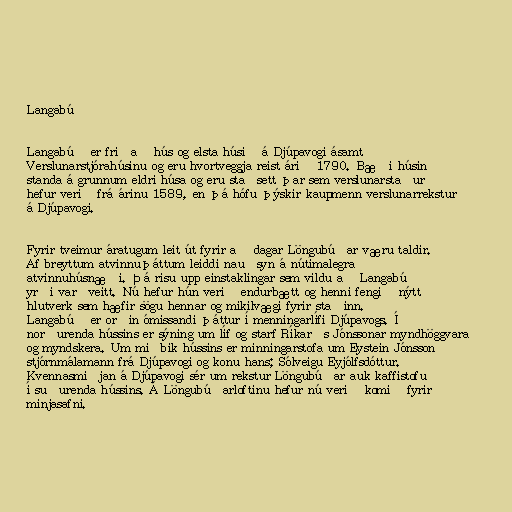
Langabúð

Langabúð er friðað hús og elsta húsið á Djúpavogi ásamt
Verslunarstjórahúsinu og eru hvortveggja reist árið 1790. Bæði húsin
standa á grunnum eldri húsa og eru staðsett þar sem verslunarstaður
hefur verið frá árinu 1589, en þá hófu þýskir kaupmenn verslunarrekstur
á Djúpavogi.

Fyrir tveimur áratugum leit út fyrir að dagar Löngubúðar væru taldir.
Af breyttum atvinnuþáttum leiddi nauðsyn á nútímalegra
atvinnuhúsnæði. Þá risu upp einstaklingar sem vildu að Langabúð
yrði varðveitt. Nú hefur hún verið endurbætt og henni fengið nýtt
hlutverk sem hæfir sögu hennar og mikilvægi fyrir staðinn.
Langabúð er orðin ómissandi þáttur í menningarlífi Djúpavogs. Í
norðurenda hússins er sýning um líf og starf Ríkarðs Jónssonar myndhöggvara
og myndskera. Um miðbik hússins er minningarstofa um Eystein Jónsson
stjórnmálamann frá Djúpavogi og konu hans; Sólveigu Eyjólfsdóttur.
Kvennasmiðjan á Djúpavogi sér um rekstur Löngubúðar auk kaffistofu
í suðurenda hússins. Á Löngubúðarloftinu hefur nú verið komið fyrir
minjasafni.